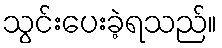
သွင်းပေးခဲ့ရသည်။